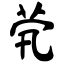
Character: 茕